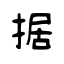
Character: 据